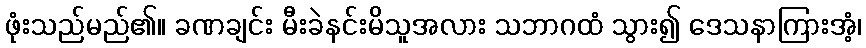
ဖုံးသည်မည်၏။ ခဏချင်း မီးခဲနင်းမိသူအလား သဘာဂထံ သွား၍ ဒေသနာကြားအံ့၊